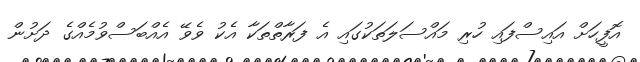
އޮފީހަށް އައިސްފައި ހުރި މައްސަލަތަކުގައި އެ ފަރާތްތަކާ އެކު ވެވޭ އެއްބަސްވުމެއްގެ ދަށުން